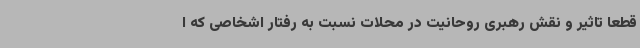
قطعا تاثیر و نقش رهبری روحانیت در محلات نسبت به رفتار اشخاصی که ا